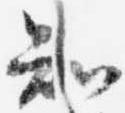
知